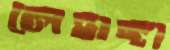
লেহাঙ্গা